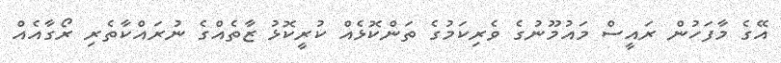
އޭގެ މާފަހުން ރައީސް މައުމޫނުގެ ވެރިކަމުގެ ތަންކޮޅެއް ކުރީކޮޅު ޒާތެއްގެ ނުރައްކާތެރި ރޯގާއެއް